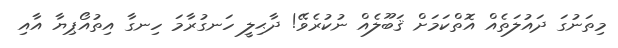
މިތަނުގަ ދައުލަތެއް އޮތްކަމަށް ޤަބޫލެއް ނުކުރެވޭ! ދާޙިލީ ހަނގުރާމަ ހިނގާ އިތުއޯޕިޔާ އާއި